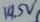
Text: 14.5V